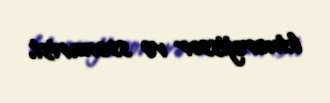
kinorejissor və ssenarist.